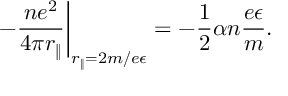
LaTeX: \left. - \frac { n e ^ { 2 } } { 4 \pi r _ { \Vert } } \right\vert _ { r _ { \Vert } = 2 m / e \epsilon } = - \frac 1 2 \alpha n \frac { e \epsilon } { m } .